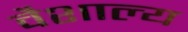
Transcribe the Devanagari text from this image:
वैशाल्य